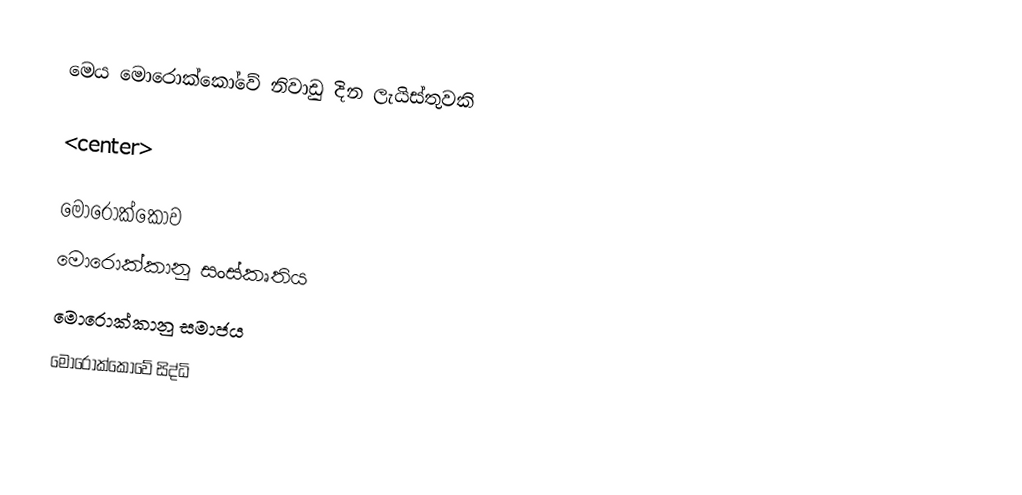
මෙය  මොරොක්කෝවේ නිවාඩු දින ලැයිස්තුවකි

<center>

මොරොක්කෝව
මොරොක්කානු සංස්කෘතිය
මොරොක්කානු සමාජය
මොරොක්කෝවේ සිද්ධි